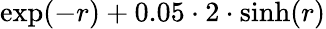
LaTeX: \exp(-r)+0.05\cdot 2\cdot\sinh(r)